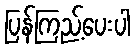
ပြန်ကြည့်ပေးပါ